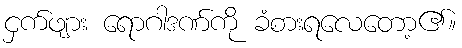
ငှက်ဖျား ရောဂါဒဏ်ကို ခံစားရလေတော့၏။